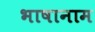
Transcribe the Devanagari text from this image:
भाषानाम